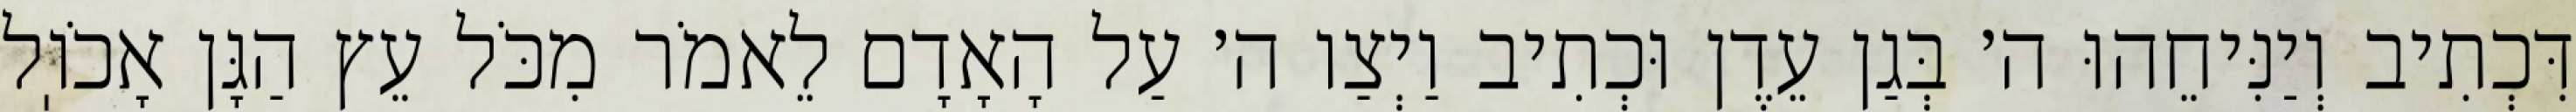
דִּכְתִיב וְיַנִּיחֵהוּ ה׳ בְּגַן עֵדֶן וּכְתִיב וַיְצַו ה׳ עַל הָאָדָם לֵאמֹר מִכֹּל עֵץ הַגָּן אָכֹוֽל